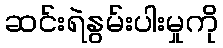
ဆင်းရဲနွမ်းပါးမှုကို